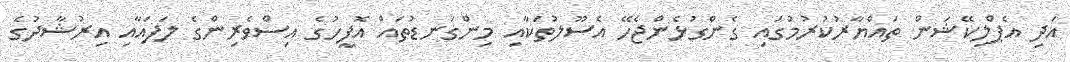
އަދި އެޕްލިކޭޝަން ތައްޔާރުކުރުމުގައި ގެންގުޅެންޖެހޭ އެސޫލުތަކާއި މިންގަނޑުތައް އޮފީހުގެ އިސްވެރިންގެ ލަފައާއި އިރުޝާދުގެ